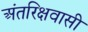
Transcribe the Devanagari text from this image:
अंतरिक्षवासी